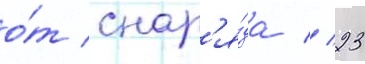
о́т снар'я́да // 23